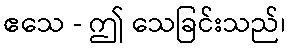
ဧသေ - ဤ သေခြင်းသည်၊